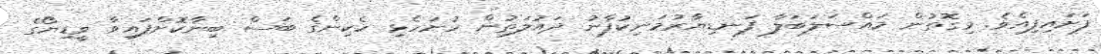
ފަށައިފިއެވެ. މިގޮތުން މައްސަލަބަލާ ފަނޑިޔާރުމަނިކުފާނު ދައުލަތުން ހުށަހެޅި ހެކިންގެ ބަސް ބިނާކޮށްފައިވާ ވީޑިޔޯގެ